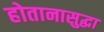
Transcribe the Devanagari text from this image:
होतानासुद्धा